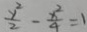
\frac { y ^ { 2 } } { 2 } - \frac { x ^ { 2 } } { 4 } = 1